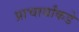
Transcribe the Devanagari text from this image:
प्राचार्यांकडे